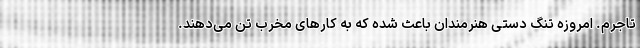
تاجرم. امروزه تنگ دستی هنرمندان باعث شده که به کارهای مخرب تن می‌دهند.